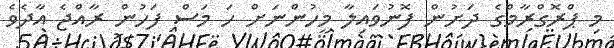
މި ޕްރޮގްރާމްގެ ދަށުން ފޮނުވައިލާ މީހުންނަށް ހަ މަސް ފަހުން ރާއްޖެ އާދެވެ